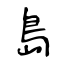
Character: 島